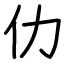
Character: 仂